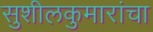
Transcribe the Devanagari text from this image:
सुशीलकुमारांचा